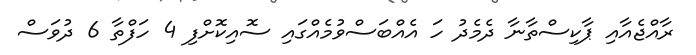
ރާއްޖެއާއި ޕާކިސްތާނާ ދެމެދު ހަ އެއްބަސްވުމެއްގައި ސޮއިކޮށްފި 4 ހަފްތާ 6 ދުވަސް